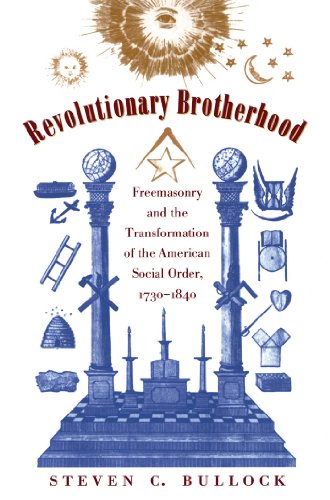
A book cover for Revolutionary Brotherhood: Freemasonry and the Transformation of the American Social Order, 1730-1840 (Published for the Omohundro Institute of Early ... History and Culture, Williamsburg, Virginia); Steven C. Bullock; Religion & Spirituality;